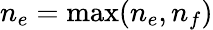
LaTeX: n_{e}=\operatorname*{max}(n_{e},n_{f})